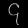
Digit: ၄